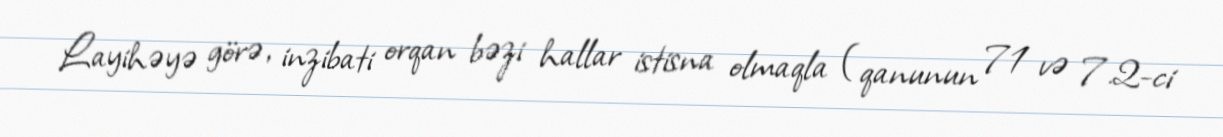
Layihəyə görə, inzibati orqan bəzi hallar istisna olmaqla (qanunun 71 və 7.2-ci